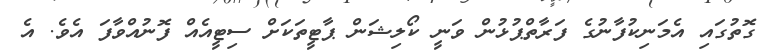
ގޮތުގައި އެމަނިކުފާނުގެ ފަރާތްޕުޅުން ވަނީ ކޯލިޝަން ޕާޓީތަކަށް ސިޓީއެއް ފޮނުއްވާފަ އެވެ. އެ